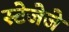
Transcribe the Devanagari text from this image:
स्टेजेजे